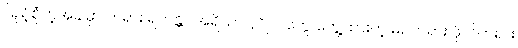
ပြည့်စုံတဲ့အခါမှာ ဘုရား ရဟန္တာ အရိယာ ပုဂ္ဂိုလ်တွေ တွေ့ထားတဲ့ မဂ်တရား ဖိုလ်တရား